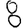
Digit: 8